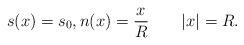
LaTeX: \begin{align*}s(x)=s_0,n(x)=\frac x R \qquad|x|=R.\end{align*}